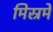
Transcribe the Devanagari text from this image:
मिस्रमें